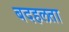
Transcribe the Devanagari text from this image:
बदहलता